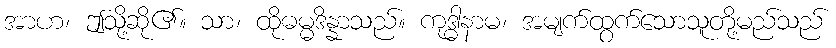
အာဟ၊ ဤသို့ဆို၏။ သာ၊ ထိုဓမ္မဒိန္နာသည်။ ကုဒ္ဓါနာမ၊ အမျက်ထွက်သောသူတို့မည်သည်